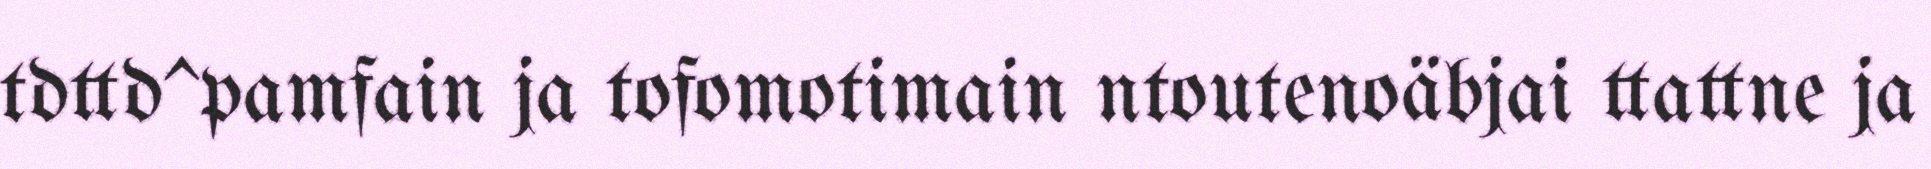
tdttd^pamfain ja tofomotimain ntoutenoäbjai ttattne ja